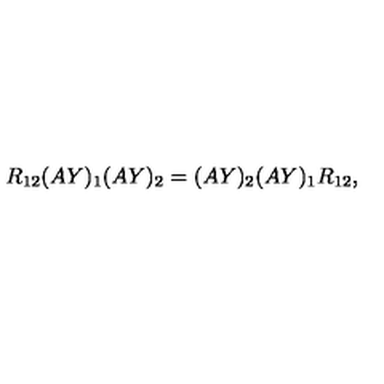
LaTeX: R _ { 1 2 } ( A Y ) _ { 1 } ( A Y ) _ { 2 } = ( A Y ) _ { 2 } ( A Y ) _ { 1 } R _ { 1 2 } ,